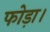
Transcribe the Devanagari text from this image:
फोड़ा।